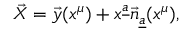
\vec { X } = \vec { y } ( x ^ { \mu } ) + x ^ { \underline { { a } } } \vec { n } _ { \underline { { a } } } ( x ^ { \mu } ) ,